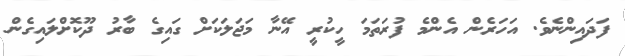
ފަދައިންނެވެ. އަހަރެން އެންމެ ފުރަތަމަ ހީކުރީ އޭނާ މަޖަލަކަށް ގައިގެ ބާރު ދޫކޮށްލައިގެން